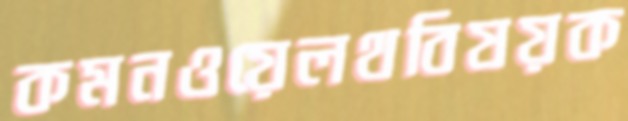
কমনওয়েলথবিষয়ক